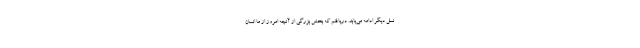
نسل دیگر ادامه می‌یابد. دریافتم که بخش بزرگی از آنچه امروز از ما انسان